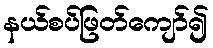
နယ်စပ်ဖြတ်ကျော်၍